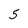
Character: 5